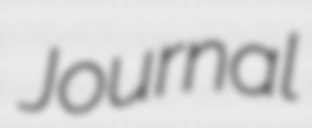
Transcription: Journal